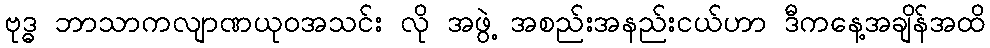
ဗုဒ္ဓ ဘာသာကလျာဏယုဝအသင်း လို အဖွဲ့ အစည်းအနည်းငယ်ဟာ ဒီကနေ့အချိန်အထိ